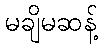
မချိမဆန့်